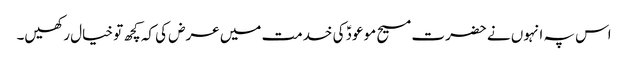
اس پہ انہوں نے حضرت مسیح موعودؑ کی خدمت میں عرض کی کہ کچھ تو خیال رکھیں۔